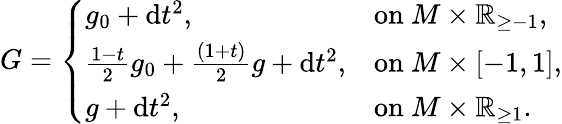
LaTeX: G=\left\{ \begin{array}{ll}{g_{0}+\mathrm{d}t^{2},}&{\mathrm{on~}M\times\mathord{\mathbb{R}}_{\geq-1},}\\ {\frac{1-t}{2}g_{0}+\frac{(1+t)}{2}g+\mathrm{d}t^{2},}&{\mathrm{on~}M\times[-1,1],}\\ {g+\mathrm{d}t^{2},}&{\mathrm{on~}M\times\mathord{\mathbb{R}}_{\geq 1}.}\end{array}\right.